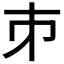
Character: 𪩲